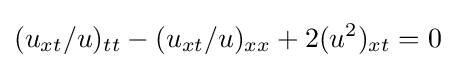
\displaystyle (u_{xt}/u)_{tt}-(u_{xt}/u)_{xx}+2(u^{2})_{xt}=0